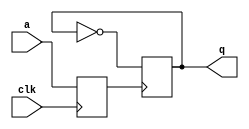
module d_ff_s(
    input clk,
    input wire a,
    output reg q
);
    reg x;

    always @(negedge clk ) x <= a;
    always @(negedge x )q[0] <= !q[0];
    always @(negedge q[0])q[1] <= !q[1];
    always @(negedge q[1])q[2] <= !q[2];
    always @(negedge q[2])q[3] <= !q[3];
endmodule